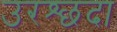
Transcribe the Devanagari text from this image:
उरश्छदा